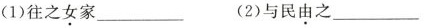
(1)往之女家______(2)与民由之_____